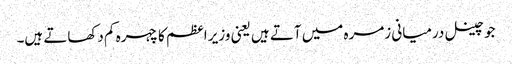
جو چینل درمیانی زمرہ میں آتے ہیں یعنی وزیر اعظم کا چہرہ کم دکھاتے ہیں۔